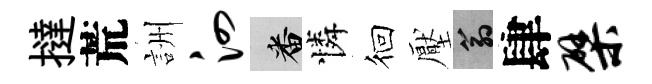
撻荒詶泗番憐徊壓翁肆檗